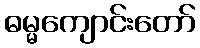
ဓမ္မကျောင်းတော်